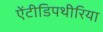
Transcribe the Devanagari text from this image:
ऐंटीडिपथीरिया